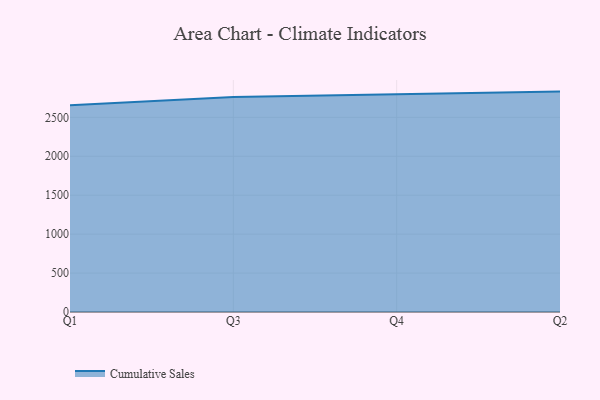
{"axis": {"x": "Quarter", "y": "Inventory Turnover"}, "legend": ["Cumulative Sales"], "data": [{"x": "Q1", "y": 2654.7, "type": "Cumulative Sales"}, {"x": "Q3", "y": 2761.4, "type": "Cumulative Sales"}, {"x": "Q4", "y": 2795.1, "type": "Cumulative Sales"}, {"x": "Q2", "y": 2830.5, "type": "Cumulative Sales"}]}